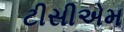
ટીસીએમ